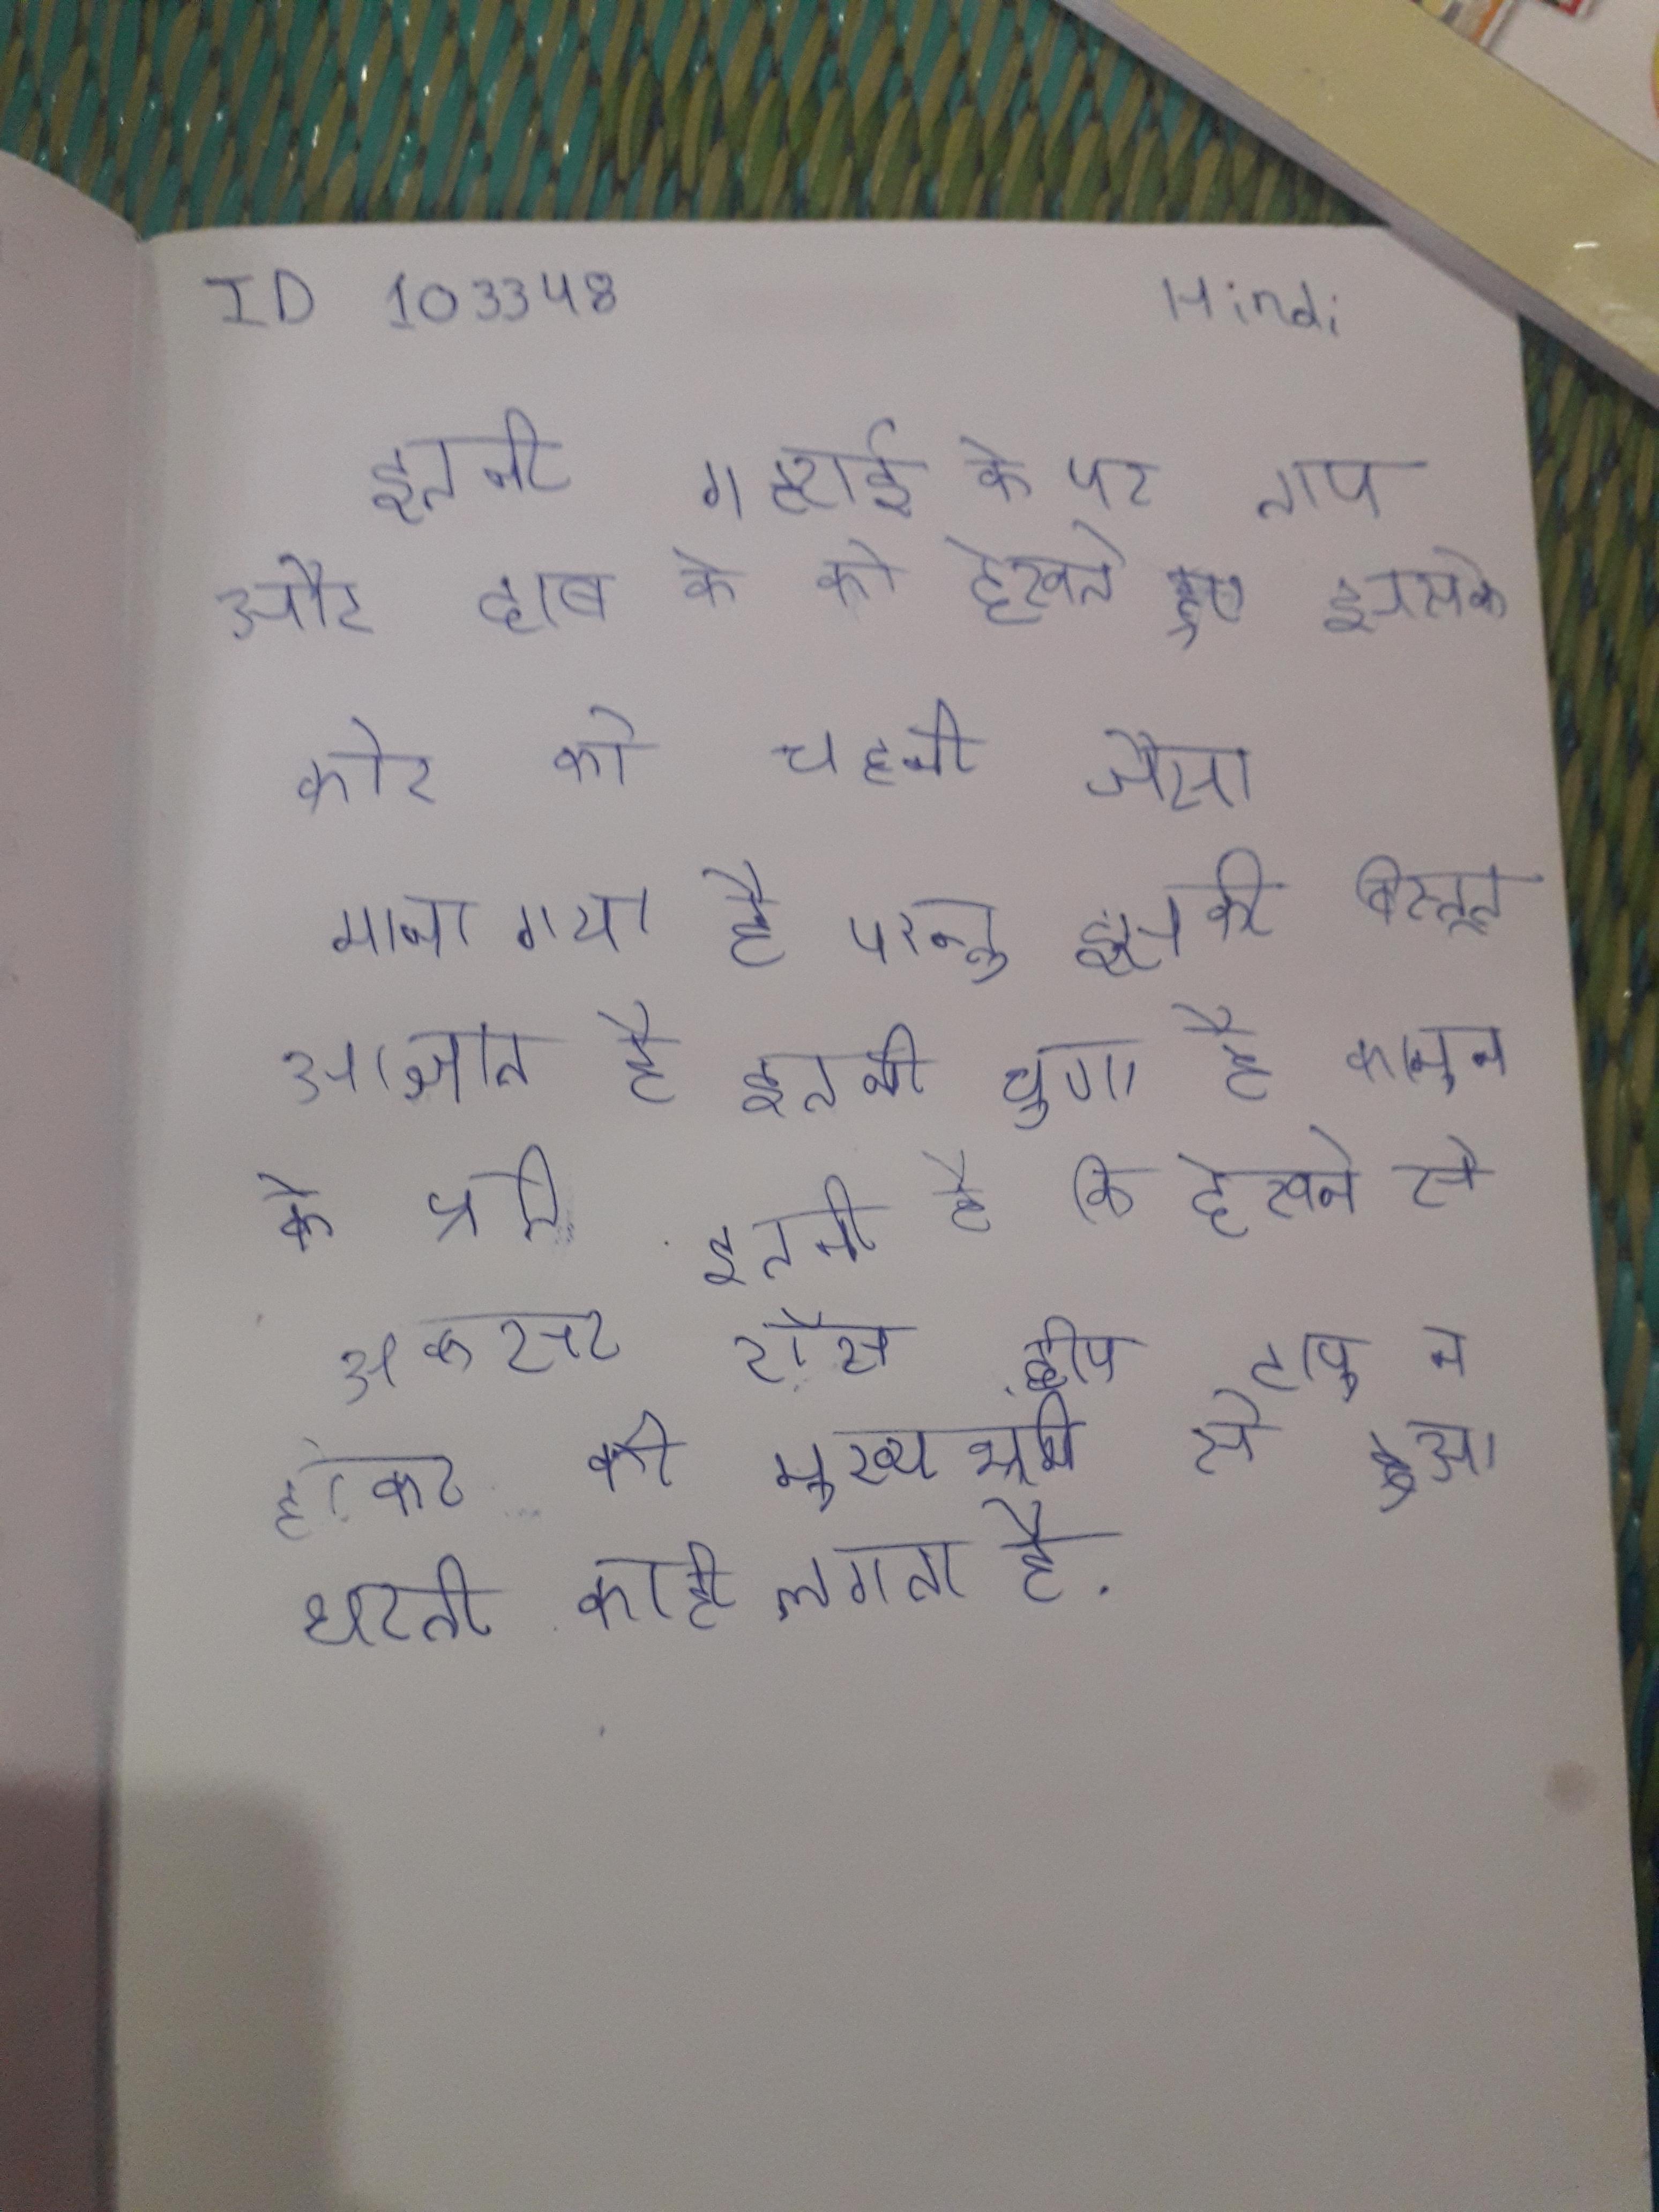
इतनी गहराई के पर ताप और दाब के को देखते हुए इसके कोर को चट्टानी जैसा माना गया है परन्तु इसकी विस्तृत अज्ञात है । इतनी घृणा है कानून के प्रति । इतनी है कि देखने से अक्सर रॉस द्वीप टापू न होकर की मुख्यभूमि से हुआ धरती का ही लगता है ।